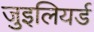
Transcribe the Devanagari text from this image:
जुइलियर्ड